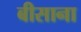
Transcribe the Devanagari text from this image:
बीसाना